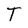
Character: T